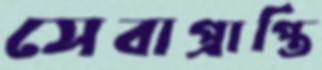
সেবাপ্রাপ্তি